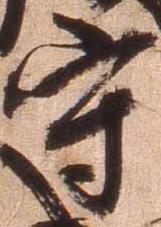
守